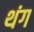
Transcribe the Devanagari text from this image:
थंग